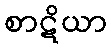
စာဋိယာ